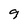
Character: 9